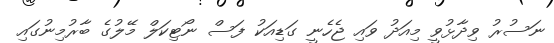
ނަސުރު ވިދާޅުވީ މިއަދު ވައި ޖެހެނީ ގަޑިއަކު ފަސް ނޯޓިކަލް މޭލުގެ ބާރުމިނުގައި